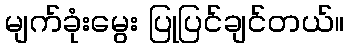
မျက်ခုံးမွေး ပြုပြင်ချင်တယ်။